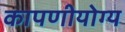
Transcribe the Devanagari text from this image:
कापणीयोग्य